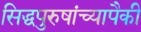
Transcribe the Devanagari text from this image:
सिद्धपुरुषांच्यापैकी